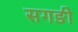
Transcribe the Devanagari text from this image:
सगङी